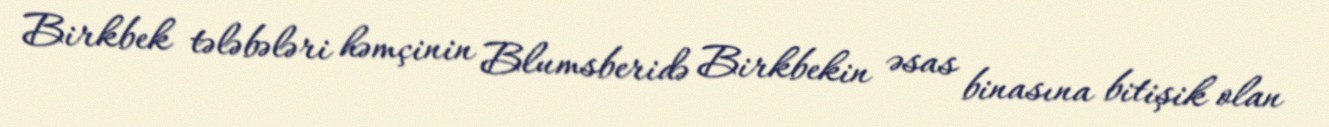
Birkbek tələbələri həmçinin Blumsberidə Birkbekin əsas binasına bitişik olan